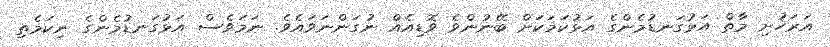
އަރަހުށި މާތް އަޅުގަނޑުމެންގެ އަޅުކަމަކަށް ބޭނުންވެ ވޮޑިއެއް ނުގަންނަވައެވެ. ނަމަވެސް އަޅުގަނޑުމެންގެ ނިކަމެތި